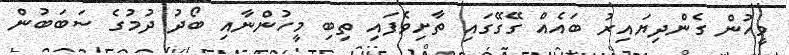
މީހުން ގެންދިޔައިރު ބައެއް ގޭގޭގައި ތާށިވެފައި ތިބި މީހުންނާއި ބޯދު ދުމުގެ ސަބަބުން